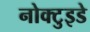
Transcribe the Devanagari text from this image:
नोक्टुइडे